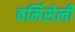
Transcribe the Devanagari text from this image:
वर्मिसेली